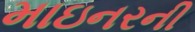
માઇનરની